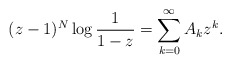
\begin{align*}(z-1)^N\log\dfrac{1}{1-z} & = \sum_{k=0}^{\infty}A_k z^k.\end{align*}